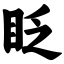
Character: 眨